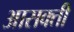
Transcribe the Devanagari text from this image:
आसक्‍ती